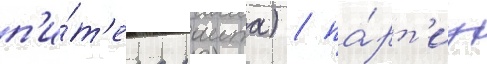
п'и́т'ера раита) / па́рт'иу